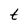
Character: t